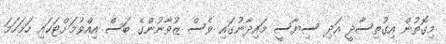
މިގޮތުން އިގުތިސާދީ އަދި ސިޔާސީ މައިދާނުގައި ވެސް ޒުވާނުންގެ ބަސް އިއްވުމަށްޓަކައި ހަމަހަމަ